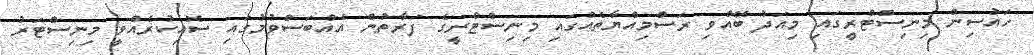
ހައުސިން މިނިސްޓްރީގައި މިއަދު ބޭއްވި ރަސްމިއްޔާތެއްގައި މިނިސްޓްރީގެ ފަރާތުން އެއްބަސްވުމުގައި ސޮއިކުރެއްވީ މިނިސްޓަރު